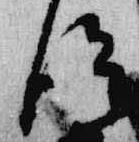
従